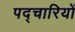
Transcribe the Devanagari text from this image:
पद्चारियों